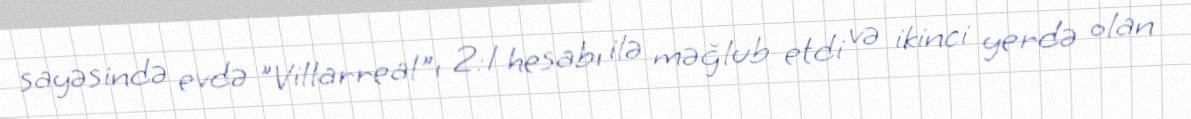
sayəsində evdə "Villarreal"ı 2:1 hesabı ilə məğlub etdi və ikinci yerdə olan